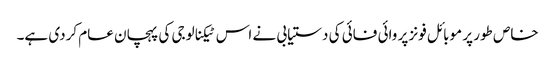
خاص طور پر موبائل فونز پر وائی فائی کی دستیابی نے اس ٹیکنالوجی کی پہچان عام کردی ہے۔